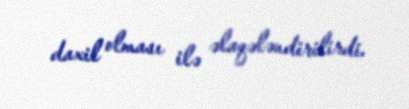
daxil olması ilə əlaqələndirilirdi.